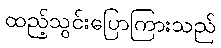
ထည့်သွင်းပြောကြားသည်